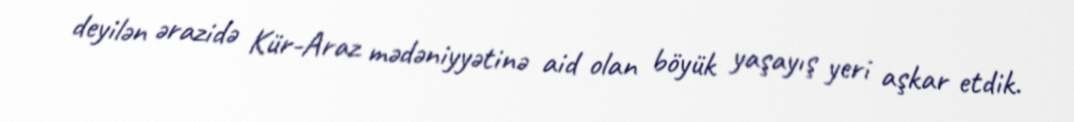
deyilən ərazidə Kür-Araz mədəniyyətinə aid olan böyük yaşayış yeri aşkar etdik.